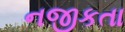
નજીકતા